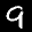
Label: 9